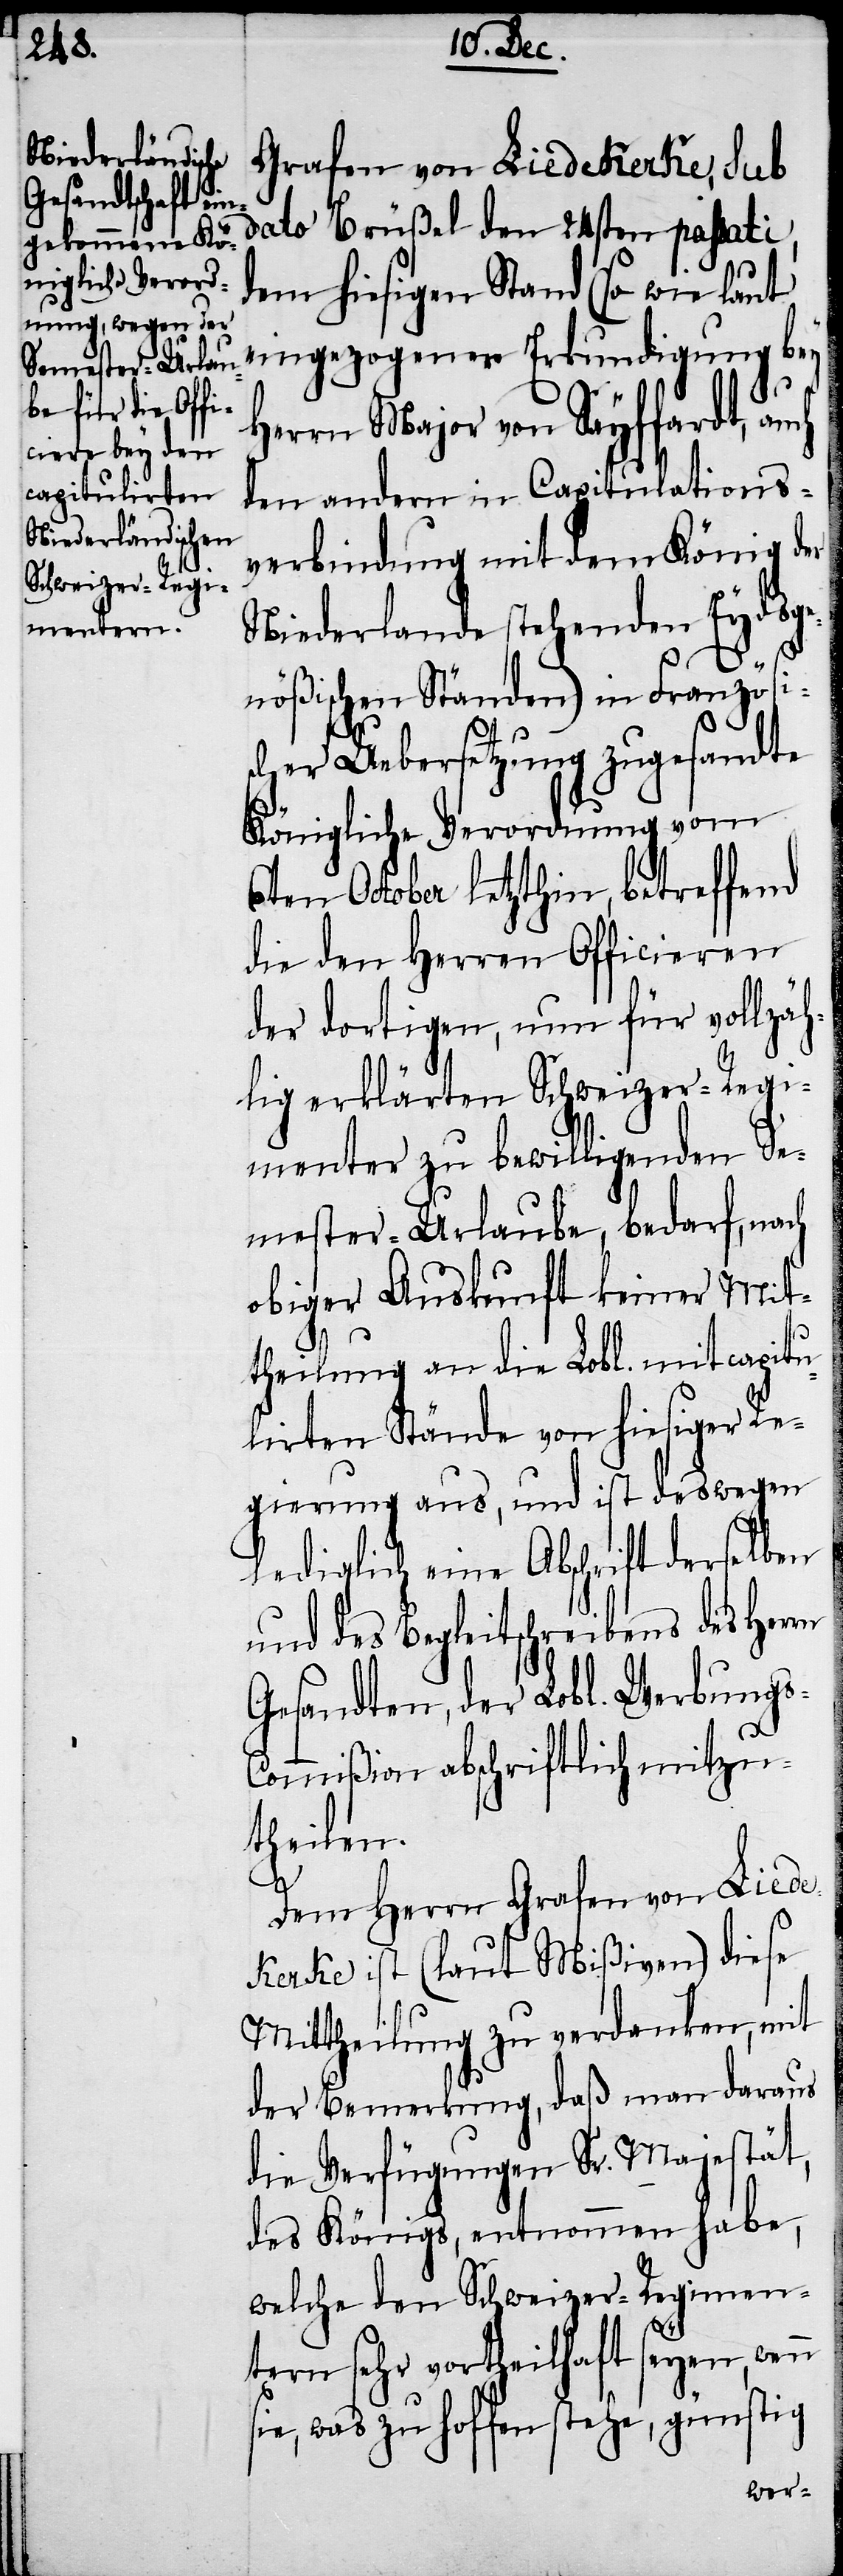
Grafen von Liedekerke, sub
dato Brüßel den 24sten passati,
dem hiesigen Stand (so wie laut
eingezogener Erkundigung bey
Herrn Major von Sayffardt,
den andern in Capitulations¬
verbindung mit dem König der
Niederlande stehenden Eydsge¬
s-C¬
nößischen Ständen) in Französi¬
scher Uebersetzung zugesandte
Königliche Verordnung vom
6ten October letzthin, betreffend
die den Herren Officieren
der dortigen, nun für vollzäh¬
lig erklärten Schweizer-Regi¬
menter zu bewilligenden Se¬
mester-Urlaube, bedarf, nach
obiger Auskunft keiner Mit¬
theilung an die Lobl. mitcapitu¬
lirten Stände von hiesiger Re¬
gierung aus, und ist deswegen
lediglich eine Abschrift derselben
und des Begleitschreibens des Her¬
Gesandten, der Lobl. Werbung¬
ommißion abschriftlich mitzu¬
theilen.
Dem Herrn Grafen von Lie¬
dekerke ist (laut Mißiven) diese
Mittheilung zu verdanken, mit
der Bemerkung, daß man daraus
die Verfügungen Sr. Majestät,
des Königs, entnommen habe,
welche den Schweizer-Regimen¬
tern sehr vortheilhaft seyen, wenn
sie, was zu hoffen stehe, günstig